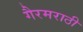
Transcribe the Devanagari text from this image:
गैरमराठी